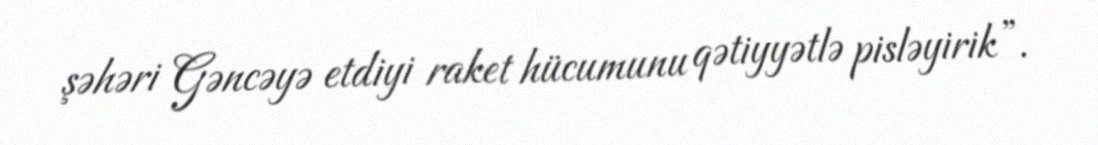
şəhəri Gəncəyə etdiyi raket hücumunu qətiyyətlə pisləyirik”.